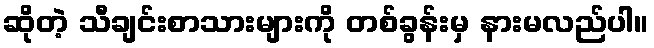
ဆိုတဲ့ သီချင်းစာသားများကို တစ်ခွန်းမှ နားမလည်ပါ။